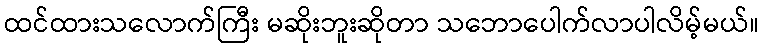
ထင်ထားသလောက်ကြီး မဆိုးဘူးဆိုတာ သဘောပေါက်လာပါလိမ့်မယ်။